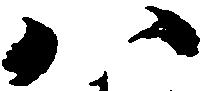
八